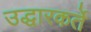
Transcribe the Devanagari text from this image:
उद्धारकर्ते